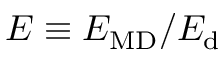
E \equiv E _ { \mathrm { M D } } / E _ { \mathrm { d } }